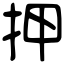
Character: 押